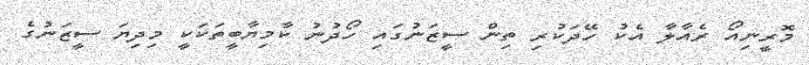
މޮރީނިއޯ ރެއާލާ އެކު ހޭދަކުރި ތިން ސީޒަނުގައި ހޯދުނު ކާމިޔާބީތަކަކީ މިދިޔަ ސީޒަނުގެ